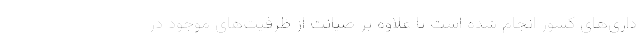
داری‌های کشور انجام شده است تا علاوه بر صیانت از ظرفیت‌های موجود در